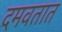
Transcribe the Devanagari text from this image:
दमवतात